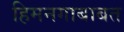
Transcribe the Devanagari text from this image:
हिमनगाबाबत